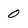
Character: 0